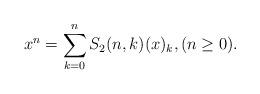
LaTeX: \begin{align*}x^{n}=\sum_{k=0}^{n}S_{2}(n,k)(x)_{k},(n\ge 0).\end{align*}